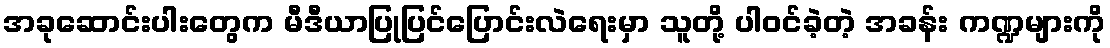
အခုဆောင်းပါးတွေက မီဒီယာပြုပြင်ပြောင်းလဲရေးမှာ သူတို့ ပါဝင်ခဲ့တဲ့ အခန်း ကဏ္ဍများကို